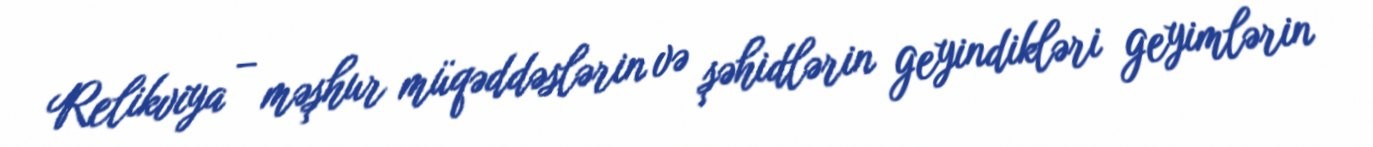
Relikviya – məşhur müqəddəslərin və şəhidlərin geyindikləri geyimlərin